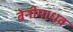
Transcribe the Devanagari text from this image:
बेनीमाधव